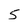
Character: 5